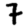
Digit: 7